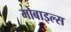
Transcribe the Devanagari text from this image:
मोबाइल्स